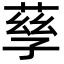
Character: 孶